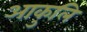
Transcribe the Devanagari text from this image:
आकुलि